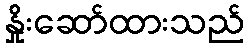
နှိုးဆော်ထားသည်